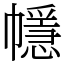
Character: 㡥